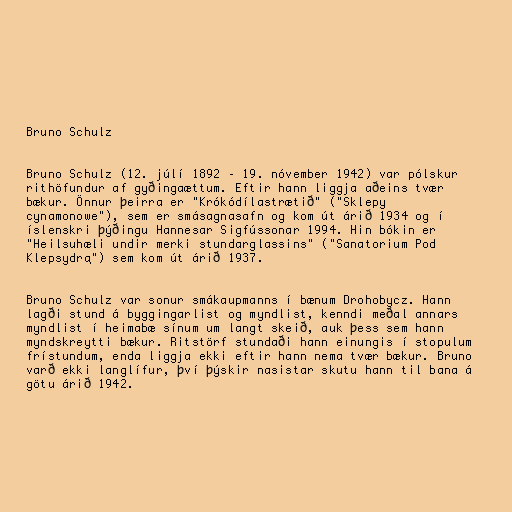
Bruno Schulz

Bruno Schulz (12. júlí 1892 – 19. nóvember 1942) var pólskur
rithöfundur af gyðingaættum. Eftir hann liggja aðeins tvær
bækur. Önnur þeirra er "Krókódílastrætið" ("Sklepy
cynamonowe"), sem er smásagnasafn og kom út árið 1934 og í
íslenskri þýðingu Hannesar Sigfússonar 1994. Hin bókin er
"Heilsuhæli undir merki stundarglassins" ("Sanatorium Pod
Klepsydrą") sem kom út árið 1937.

Bruno Schulz var sonur smákaupmanns í bænum Drohobycz. Hann
lagði stund á byggingarlist og myndlist, kenndi meðal annars
myndlist í heimabæ sínum um langt skeið, auk þess sem hann
myndskreytti bækur. Ritstörf stundaði hann einungis í stopulum
frístundum, enda liggja ekki eftir hann nema tvær bækur. Bruno
varð ekki langlífur, því þýskir nasistar skutu hann til bana á
götu árið 1942.